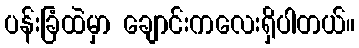
ပန်းခြံထဲမှာ ချောင်းကလေးရှိပါတယ်။